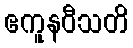
ဧကူနဝီသတိ